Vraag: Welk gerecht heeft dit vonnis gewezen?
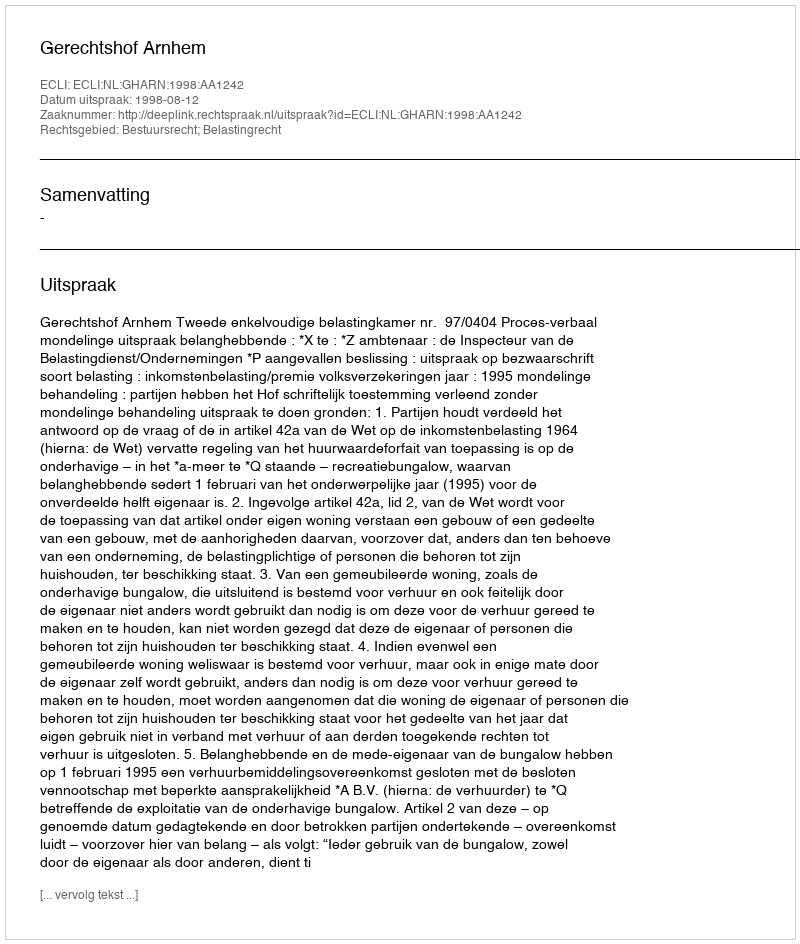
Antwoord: Gerechtshof Arnhem